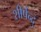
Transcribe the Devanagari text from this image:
शीर्षेन्दु